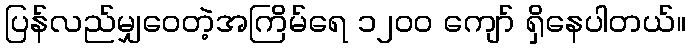
ပြန်လည်မျှဝေတဲ့အကြိမ်ရေ ၁၂၀၀ ကျော် ရှိနေပါတယ်။